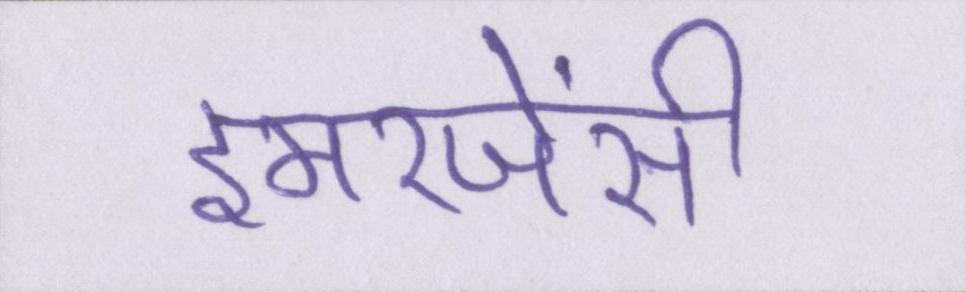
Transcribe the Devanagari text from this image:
इमरजेंसी